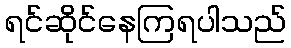
ရင်ဆိုင်နေကြရပါသည်